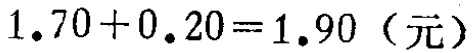
\(1.70 + 0.20 = 1.90\)（元）